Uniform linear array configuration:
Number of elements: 64
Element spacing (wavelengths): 0.5
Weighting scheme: kaiser
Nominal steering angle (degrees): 0
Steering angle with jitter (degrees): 0.198
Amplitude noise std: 0.05
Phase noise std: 0.05

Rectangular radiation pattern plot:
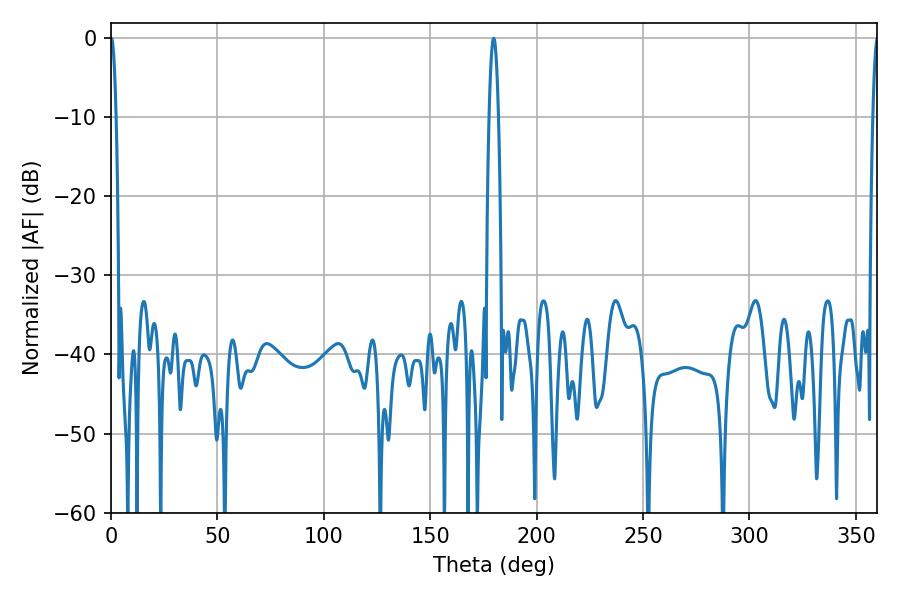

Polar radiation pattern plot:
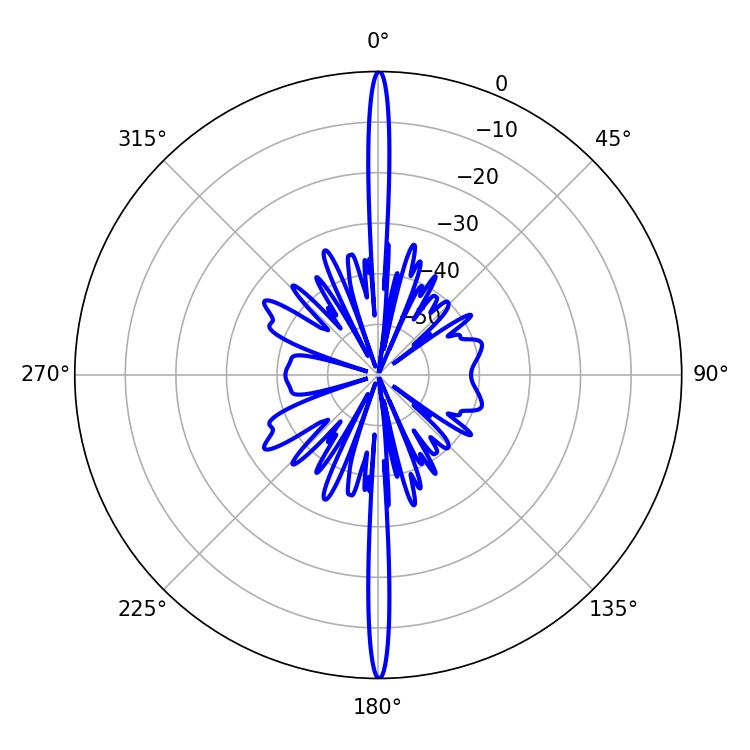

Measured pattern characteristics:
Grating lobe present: FALSE
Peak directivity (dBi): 40.326
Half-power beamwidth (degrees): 1.44
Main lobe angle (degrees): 0.18